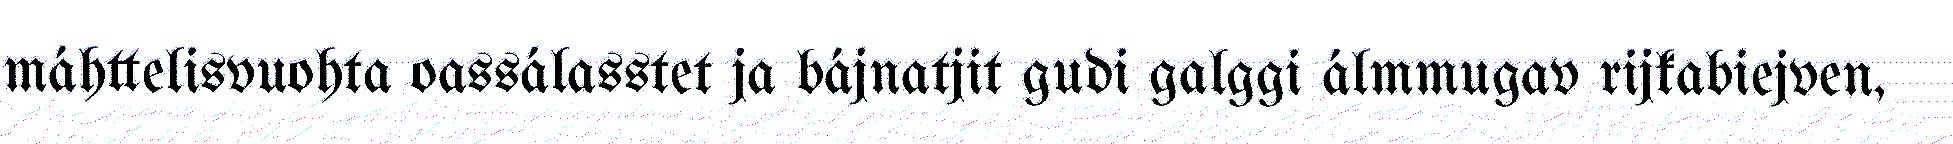
máhttelisvuohta oassálasstet ja bájnatjit gudi galggi álmmugav rijkabiejven,